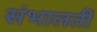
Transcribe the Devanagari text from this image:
संभालतीं